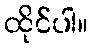
ထိုင်ပါ။